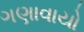
ગણાવાયો